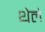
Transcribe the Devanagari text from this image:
थेले